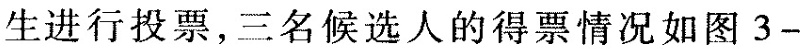
生进行投票，三名候选人的得票情况如图 3-